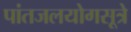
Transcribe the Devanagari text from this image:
पांतजलयोगसूत्रे